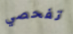
تفحصي